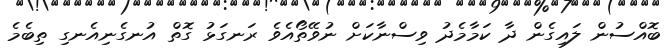
ބޮއްސުން ލައިގެން ދާ ކަމާމެދު ވިސްނާކަށް ނުވޭތޯއެވެ ރަނގަޅު ގޮތް އުނގެނިއެނގި ތިބެމެ